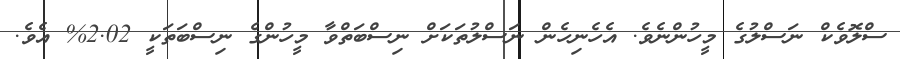
ސްލޮވެކް ނަސްލުގެ މީހުންނެވެ. އެހެނިހެން ނަސްލުތަކަށް ނިސްބަތްވާ މީހުންގެ ނިސްބަތަކީ 2.02% އެވެ.